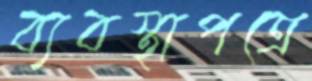
ব্যবস্থাপত্রে